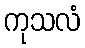
ကုသလံ